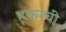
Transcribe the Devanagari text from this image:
हूकरची